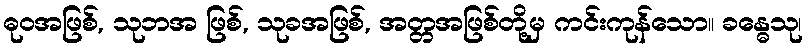
ဓုဝအဖြစ်, သုဘအ ဖြစ်, သုခအဖြစ်, အတ္တအဖြစ်တို့မှ ကင်းကုန်သော။ ခန္ဓေသု၊